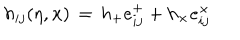
h _ { i j } ( \eta , { \bf x } ) \, = \, h _ { + } e _ { i j } ^ { + } + h _ { \times } e _ { i j } ^ { \times } \,